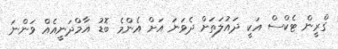
ގްރީން ޓެކްސް އަކީ ދައުލަތަށް ދެވަނަ އަށް އެންމެ ބޮޑު އާމްދަނީއެއް ވަންނަ